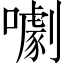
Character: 㘌